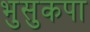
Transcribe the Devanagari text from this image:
भुसुकपा